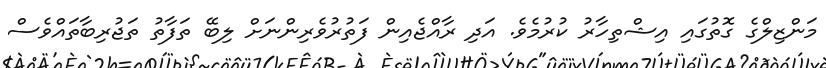
މަންޒިލްގެ ގޮތުގައި އިޝްތިހާރު ކުރުމެވެ. އަދި ރާއްޖެއިން ފަތުރުވެރިންނަށް ލިބޭ ތަފާތު ތަޖުރިބާތައްވެސް